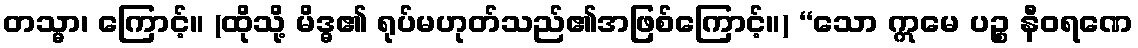
တသ္မာ၊ ကြောင့်။ (ထိုသို့ မိဒ္ဓ၏ ရုပ်မဟုတ်သည်၏အဖြစ်ကြောင့်။) ‘‘သော ဣမေ ပဉ္စ နီဝရဏေ